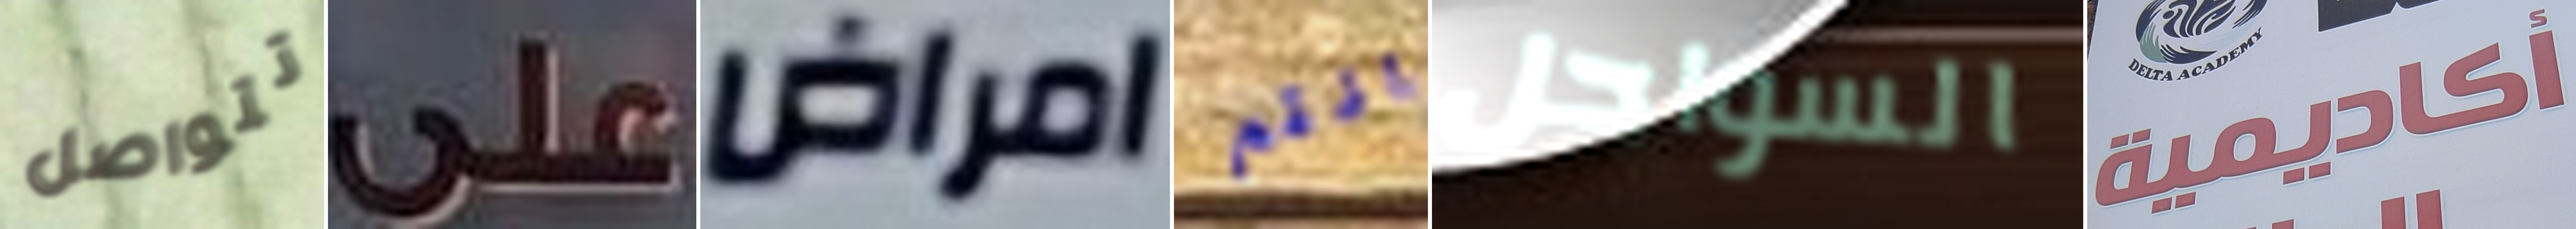
تتواصل على امراض انتم السواحل أكاديمية